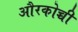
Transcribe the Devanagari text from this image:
औरकोच्ची